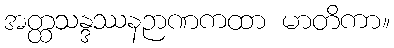
အတ္ထသန္ဒဿနဉာဏကထာ မာတိကာ။